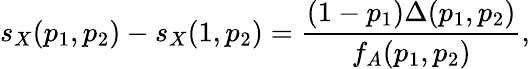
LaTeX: s_{X}(p_{1},p_{2})-s_{X}(1,p_{2})=\frac{(1-p_{1})\Delta(p_{1},p_{2})}{f_{A}(p_{1},p_{2})},